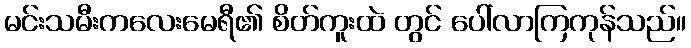
မင်းသမီးကလေးမေရီ၏ စိတ်ကူးထဲ တွင် ပေါ်လာကြကုန်သည်။